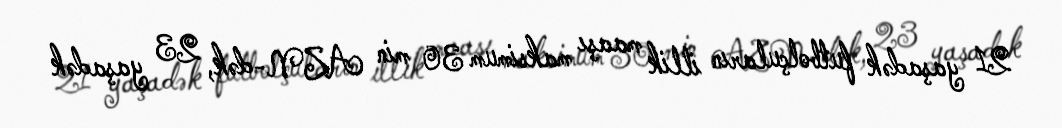
21 yaşadək futbolçuların illik maaşı maksimum 30 min AZN-dək, 23 yaşadək